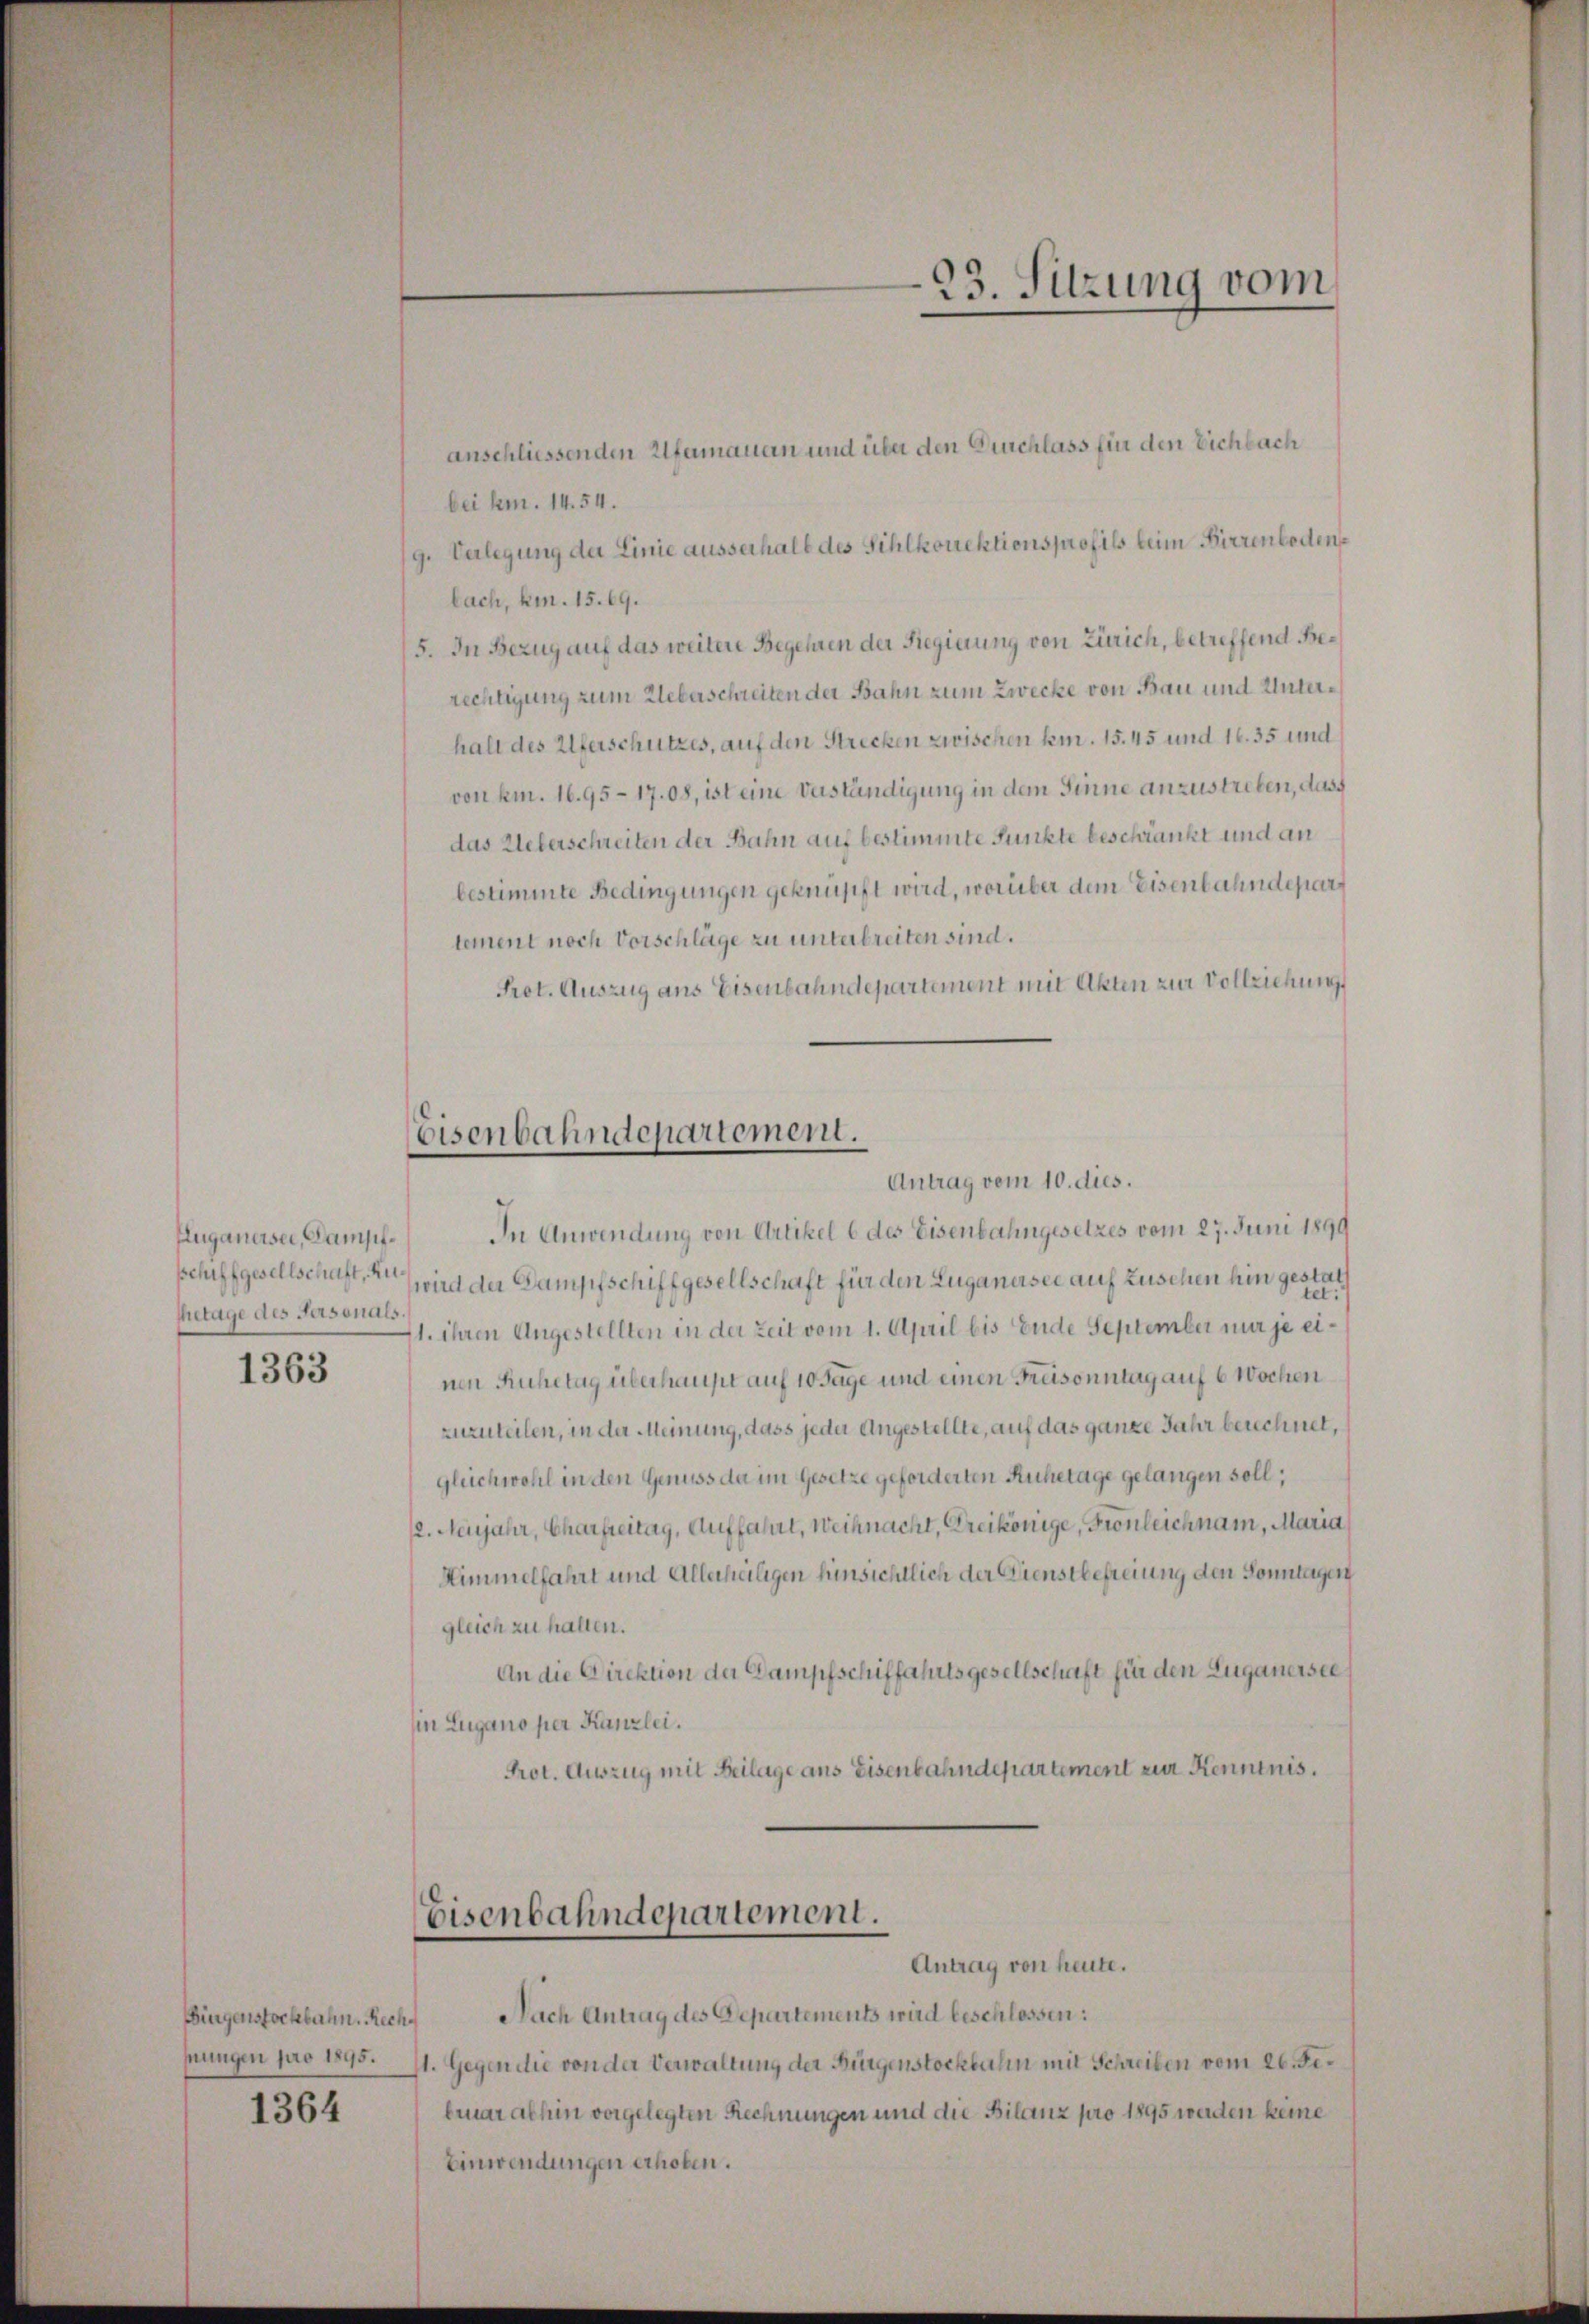
Euganersei, Dampfschiffgesellschaft, Ruhetage des Fasonals

1363

anschliessenden Ufermauern und über den Durchlass für den Eichbach
bei hrn. 14. 54.
g. Verlegung der Linie ausserhalb des Sihlkorektions profils beim Hirzenbodens
bach, Am. 15. 69.
5. In Bezug auf das weitere Begehren der Regierung von Zürich, betreffend Berechtigung zum Ueberschreiten der Bahn zum Zwecke von Bau und Unterhalt des Uferschutzes, auf den Strecken zwischen kam. 15. 45 und 16. 35 und
von km. 16.95-17.08, ist eine Verständigung in dem Sinne anzustreben, das
das Ueberschreiten der Bahn auf bestimmte Punkte beschränkt und an
bestimmte Bedingungen geknüpft wird, worüber dem Eisenbahndepart
tement noch Vorschläge zu unterbreiten sind.
Prot. Auszug aus Eisenbahndepartement mit Akten zur Vollziehung
In Anwendung von Artikel 6 des Eisenbahngesetzes vom 27. Juni 1899
wird der Dampfschiffgesellschaft für den Luganersee auf Zuschen hin gestat
1. ihren Angestellten in der Zeit vom 1. April bis Ende September mir je einen Ruhetag überhaupt auf 10 Tage und einen Freisonntag auf 6 Wochen
zuzuteilen, in der Meinung, dass jeder Angestellte, auf das ganze Jahr berechnet,
gleichwohl in den Genuss da im Gesetze geforderten Ruhetage gelangen soll;
2. Neujahr, Charfreitag, Auffahrt, Weihnacht, Dreikönige, Fronleichnam, Maria
Himmelfahrt und Allerheiligen hinsichtlich der Dienstbefreiung den Sonntagen
gleich zu halten.
An die Direktion der Dampfschiffahrtsgesellschaft für den Luganersees
in Lugano per Kanzlei.
Prot. Auszug mit Beilage ans Eisenbahndepartement zur Kenntnis.

Biegenstockbahn. Rech
mungen pro 1895.
1364

Eisenbahndepartement.
Antrag vom 10. dies.

Eisenbahndepartement.
Antrag von heute.

93. Sitzung vom

Nach Antrag des Departements wird beschlossen:
1. Gegen die von der Verwaltung der Bürgenstockbahn mit Schreiben vom 26. Februar abhin vorgelegten Rechnungen und die Bilanz pro 1895 werden keine
Einwendungen erhoben.